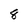
Character: 8